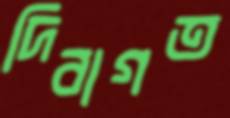
দিবাগত